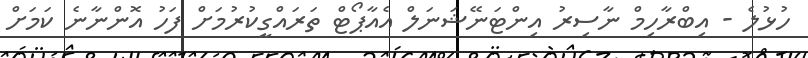
ހުޅުލެ - އިބްރާހިމް ނާސިރު އިންޓަނޭޝަނަލް އެއާޕޯޓް ތަރައްގީކުރުމަށް ފަހު އޮންނާނެ ކަމަށް